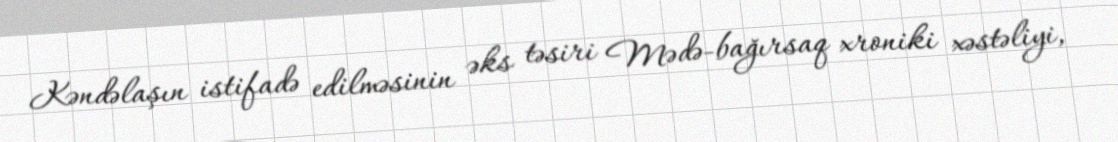
Kəndəlaşın istifadə edilməsinin əks təsiri Mədə-bağırsaq xroniki xəstəliyi,